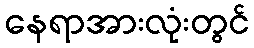
နေရာအားလုံးတွင်